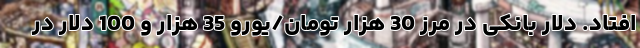
افتاد. دلار بانکی در مرز 30 هزار تومان/یورو 35 هزار و 100 دلار در